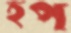
হপ